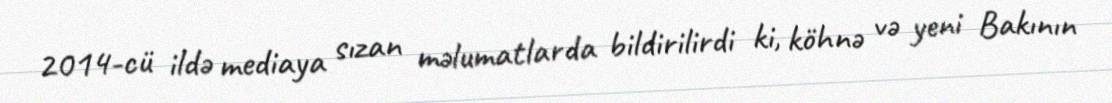
2014-cü ildə mediaya sızan məlumatlarda bildirilirdi ki, köhnə və yeni Bakının